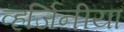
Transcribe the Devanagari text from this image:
व्हर्जिनीया